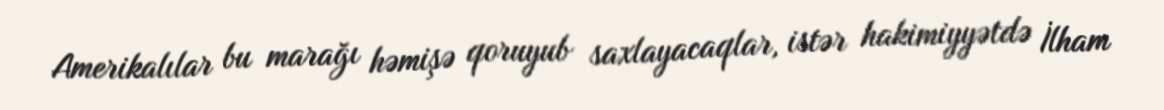
Amerikalılar bu marağı həmişə qoruyub saxlayacaqlar, istər hakimiyyətdə İlham